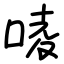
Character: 㖫